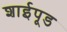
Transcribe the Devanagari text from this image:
शाईपूड